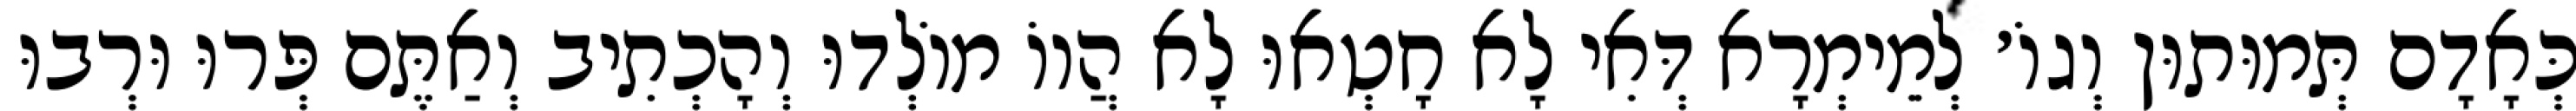
כְּאָדָם תְּמוּתוּן וְגוֹ׳ לְמֵימְרָא דְּאִי לָא חָטְאוּ לָא הֲווֹ מוֹלְדוּ וְהָכְתִיב וְאַתֶּם פְּרוּ וּרְבוּ